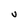
Character: V